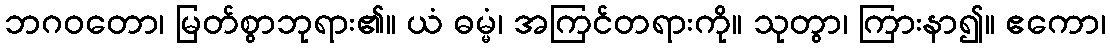
ဘဂဝတော၊ မြတ်စွာဘုရား၏။ ယံ ဓမ္မံ၊ အကြင်တရားကို။ သုတွာ၊ ကြားနာ၍။ ဧကော၊